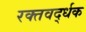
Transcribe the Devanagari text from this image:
रक्तवर्द्धक